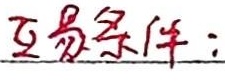
互易条件：